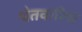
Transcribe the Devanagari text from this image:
श्वेतवारिध